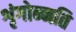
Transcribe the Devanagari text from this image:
शृंगोन्नति